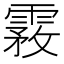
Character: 霚